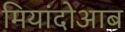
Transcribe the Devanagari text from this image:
मियांदोआब